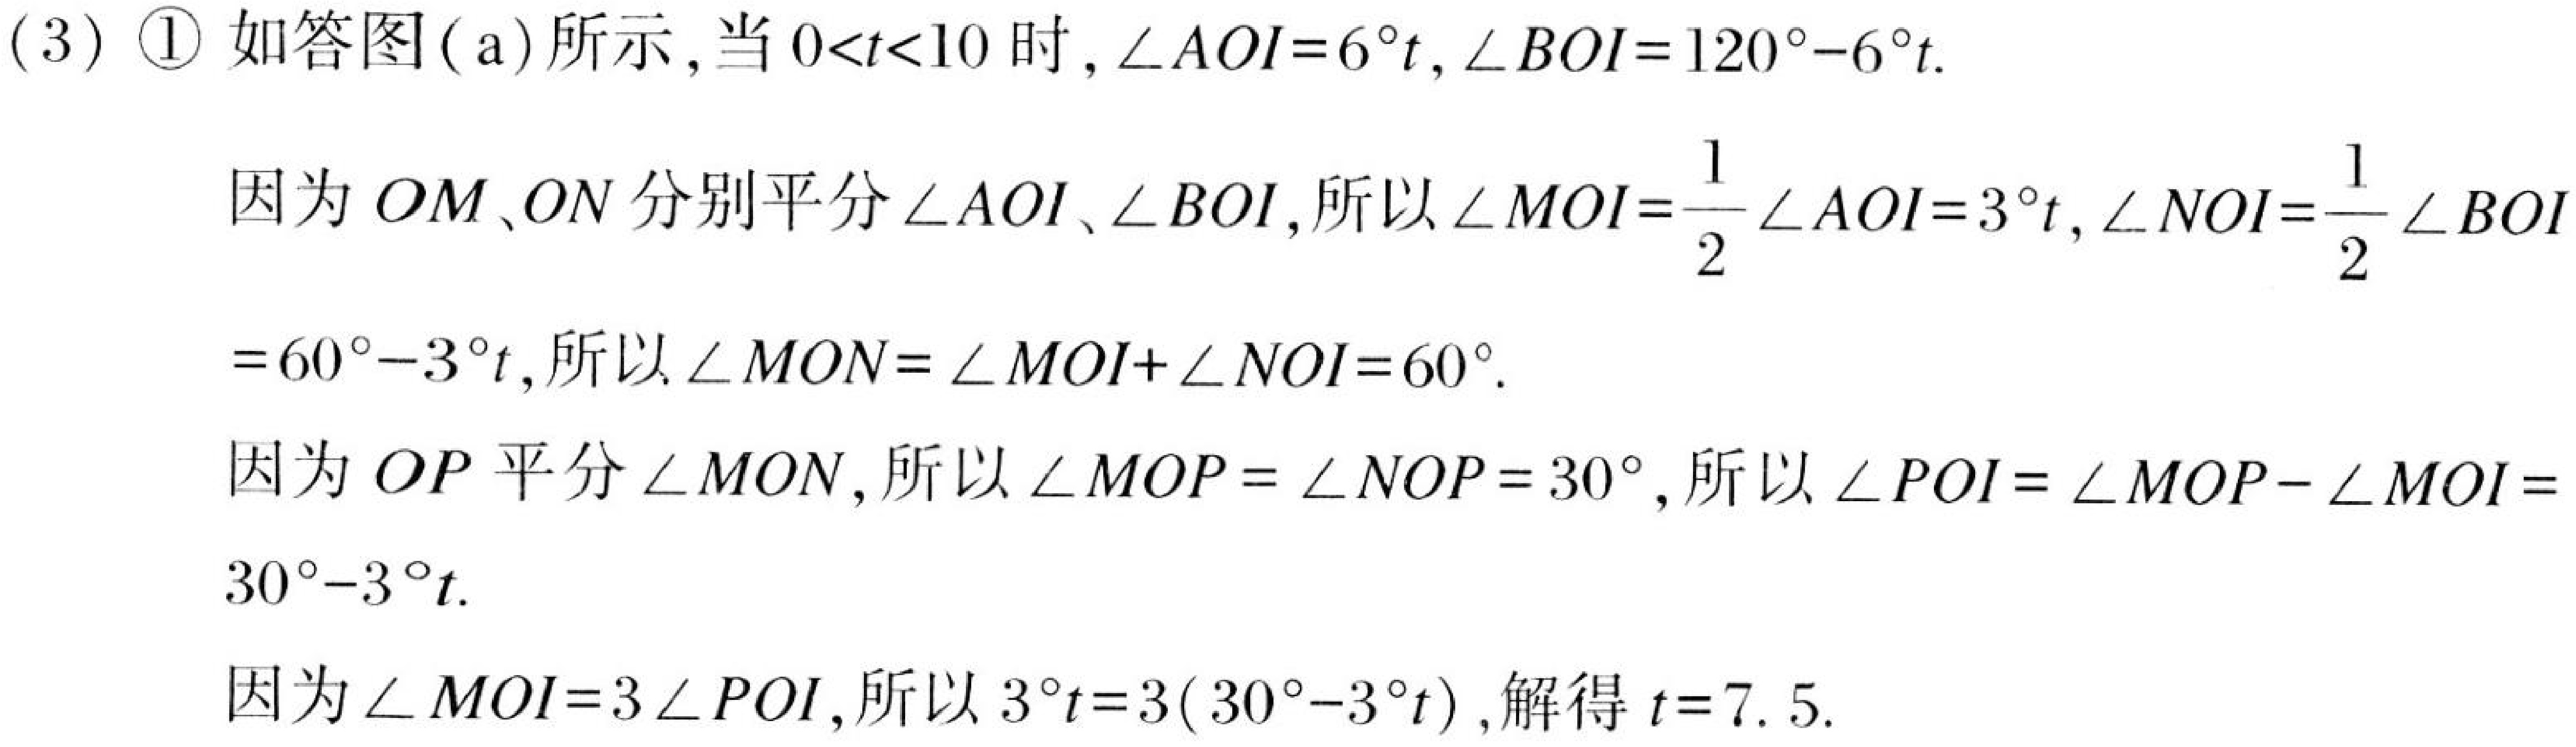
(3) \textcircled{1} 如答图(a)所示,当 \(0<t<10\) 时, \(\angle AOI = 6^{\circ}t\), \(\angle BOI=120^{\circ}-6^{\circ}t\).
因为 \(OM\)、\(ON\) 分别平分 \(\angle AOI\)、\(\angle BOI\),所以 \(\angle MOI=\frac{1}{2}\angle AOI = 3^{\circ}t\), \(\angle NOI=\frac{1}{2}\angle BOI\)
\(=60^{\circ}-3^{\circ}t\),所以 \(\angle MON=\angle MOI+\angle NOI = 60^{\circ}\).
因为 \(OP\) 平分 \(\angle MON\),所以 \(\angle MOP=\angle NOP = 30^{\circ}\),所以 \(\angle POI=\angle MOP-\angle MOI =\)
\(30^{\circ}-3^{\circ}t\).
因为 \(\angle MOI = 3\angle POI\),所以 \(3^{\circ}t=3(30^{\circ}-3^{\circ}t)\),解得 \(t = 7.5\).